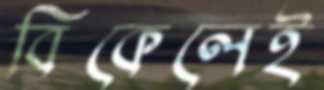
বিকেলেই